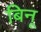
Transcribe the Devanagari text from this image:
बिनू